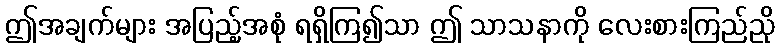
ဤအချက်များ အပြည့်အစုံ ရရှိကြ၍သာ ဤ သာသနာကို လေးစားကြည်ညို